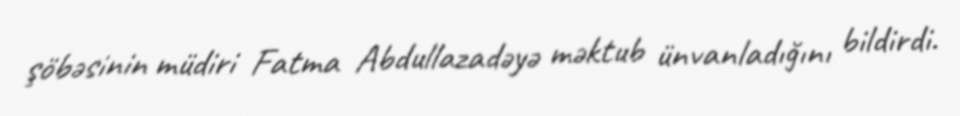
şöbəsinin müdiri Fatma Abdullazadəyə məktub ünvanladığını bildirdi.